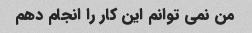
من نمی توانم این کار را انجام دهم